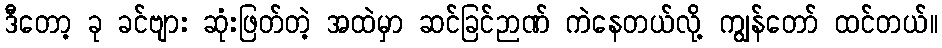
ဒီတော့ ခု ခင်ဗျား ဆုံးဖြတ်တဲ့ အထဲမှာ ဆင်ခြင်ဉာဏ် ကဲနေတယ်လို့ ကျွန်တော် ထင်တယ်။